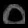
Digit: ၀